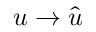
u \rightarrow \hat { u }